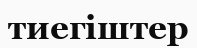
тиегіштер